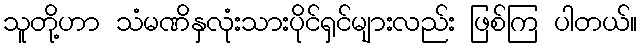
သူတို့ဟာ သံမဏိနှလုံးသားပိုင်ရှင်များလည်း ဖြစ်ကြ ပါတယ်။